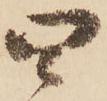
四